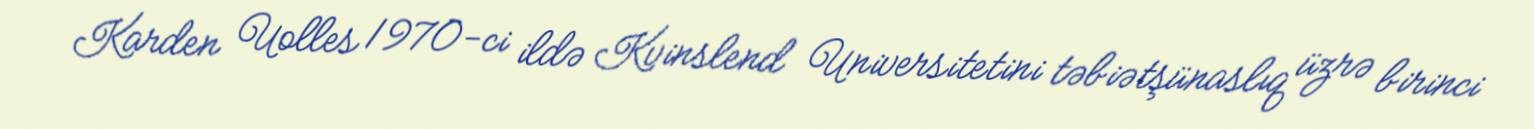
Karden Uolles 1970-ci ildə Kvinslend Universitetini təbiətşünaslıq üzrə birinci